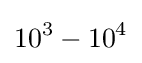
10^{3}-10^{4}